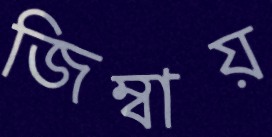
জিম্বায়